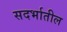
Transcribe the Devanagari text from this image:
सदर्भातील